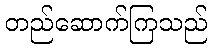
တည်ဆောက်ကြသည်